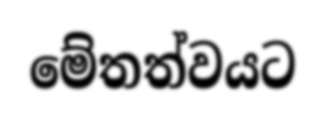
මේතත්වයට